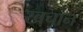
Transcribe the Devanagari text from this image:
खचान